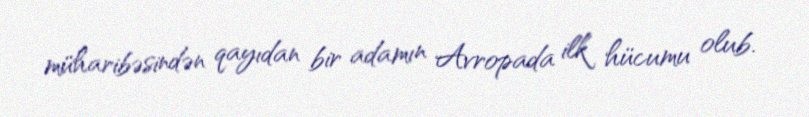
müharibəsindən qayıdan bir adamın Avropada ilk hücumu olub.